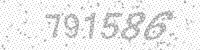
Solution: 791586